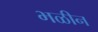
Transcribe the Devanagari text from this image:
भळीन